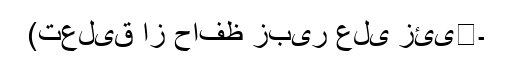
(تعلیق از حافظ زبیر علی زئی﷫۔